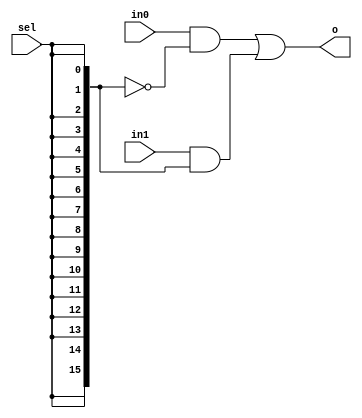
`timescale 1ns / 1ps
//////////////////////////////////////////////////////////////////////////////////
// Company: 
// Engineer: 
// 
// Design Name: 
// Module Name: m2_1x8
// Project Name: 
// Target Devices: 
// Tool Versions: 
// Description: 
// 
// Dependencies: 
// 
// Revision:
// Revision 0.01 - File Created
// Additional Comments:
// 
//////////////////////////////////////////////////////////////////////////////////


module m2_1x8(
    input [15:0] in0,
    input [15:0] in1,
    input sel,
    output [15:0] o
    );
    wire [15:0] selc;
    assign selc = {16{sel}};
    assign o = ((in0 & ~selc) | (in1 & selc));
endmodule